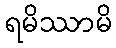
ရမိဿာမိ